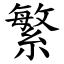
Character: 繁